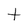
Character: t